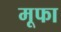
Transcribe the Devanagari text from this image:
मूफा